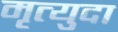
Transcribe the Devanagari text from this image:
मृत्युदा